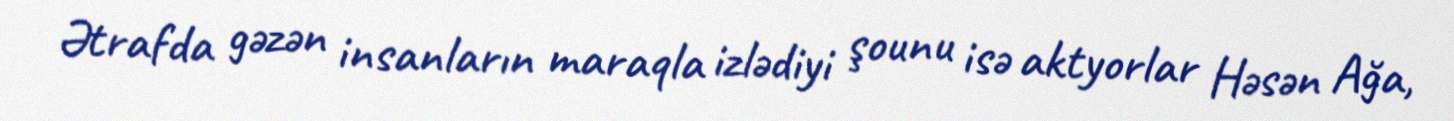
Ətrafda gəzən insanların maraqla izlədiyi şounu isə aktyorlar Həsən Ağa,